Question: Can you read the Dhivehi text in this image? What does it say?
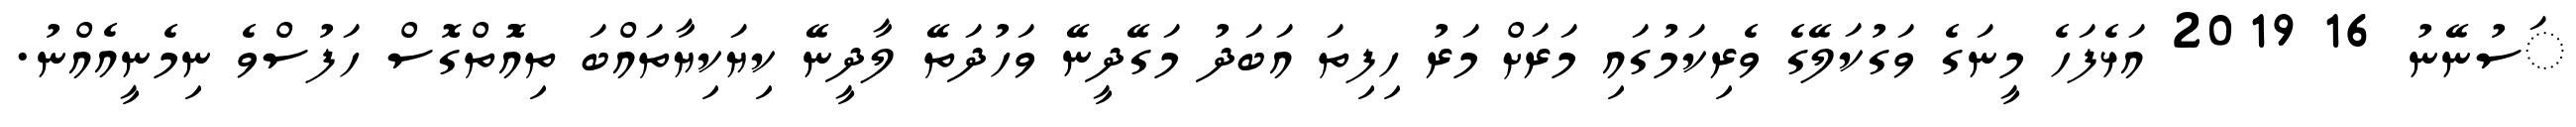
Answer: ަސުނޭނު 16 2019 އަޅެފަހެ މީނަގެ ވަގުކަލޭގެ ވެރިކަމުގައި މަރަށް މަރު ހިފިތަ އަބަދު މަގޭދީނޭ ވަހުދަތޭ ލާދީނޭ ކިޔަކިޔާތައްބަ ތިއޮުތްގޮސް ހަފުސްވެ ނިމެނީއެއްނު.